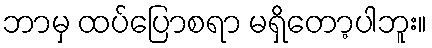
ဘာမှ ထပ်ပြောစရာ မရှိတော့ပါဘူး။